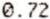
0.72